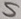
Text: S